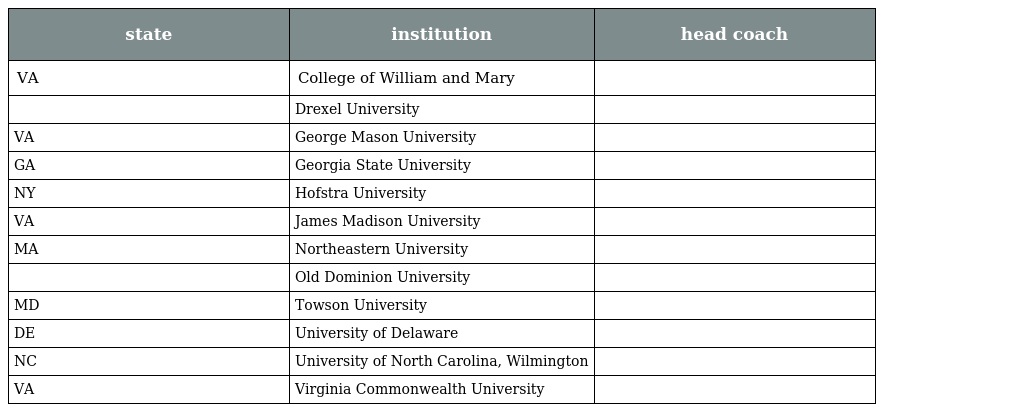
| state | institution | head coach |
 | --- | --- | --- |
 | VA | College of William and Mary |  |
 |  | Drexel University |  |
 | VA | George Mason University |  |
 | GA | Georgia State University |  |
 | NY | Hofstra University |  |
 | VA | James Madison University |  |
 | MA | Northeastern University |  |
 |  | Old Dominion University |  |
 | MD | Towson University |  |
 | DE | University of Delaware |  |
 | NC | University of North Carolina, Wilmington |  |
 | VA | Virginia Commonwealth University |  |